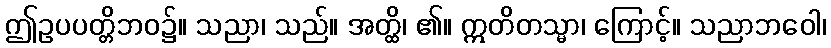
ဤဥပပတ္တိဘဝ၌။ သညာ၊ သည်။ အတ္ထိ၊ ၏။ ဣတိတသ္မာ၊ ကြောင့်။ သညာဘဝေါ၊